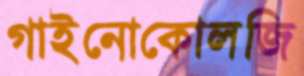
গাইনোকোলজি